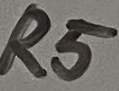
Text: R5